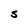
Character: S